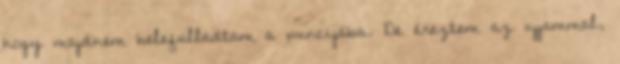
hogy majdnem belefulladtam a puncijába. De éreztem az ujjammal,